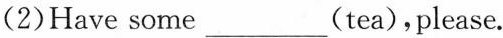
(2)Have some___(tea),please.